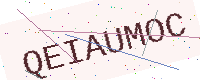
Text: QEIAUMOC